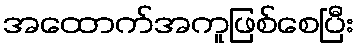
အထောက်အကူဖြစ်စေပြီး